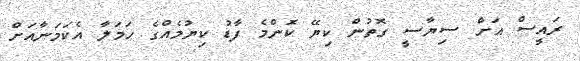
ރައީސް އަށް ސިޔާސީ ގޮތުން ކިޔޭ ކޮންމެ ފާޑު ކިޔުމެއްގެ ހަމަލާ އެކަމަނާއަށް